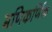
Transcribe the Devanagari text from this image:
मणिकर्णिक